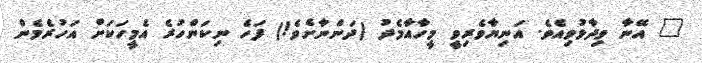
" އޭނާ ވިދާޅުވިއެވެ. އަނިޔާވެރިވީ މީހާއާމެދު (ދަންނާށެވެ!) ފަހެ ނިކަންހުރެ އެމީހަކަށް އަހުރެމެން